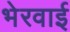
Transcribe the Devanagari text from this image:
भेरवाई